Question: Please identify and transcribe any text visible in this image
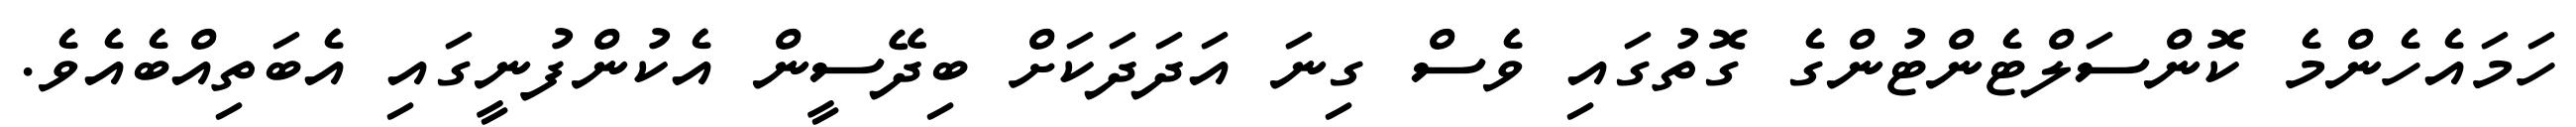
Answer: ހަމައެހެންމެ ކޮންސަލްޓެންޓުންގެ ގޮތުގައި ވެސް ގިނަ އަދަދަކަށް ބިދޭސީން އެކުންފުނީގައި އެބަތިއްބެއެވެ.